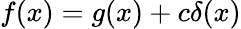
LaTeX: f(x)=g(x)+c\delta(x)